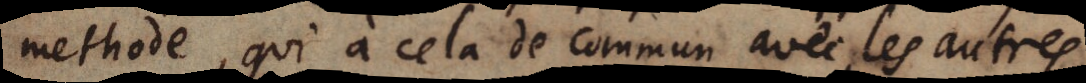
methode, qui à cela de commun avec les autres